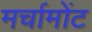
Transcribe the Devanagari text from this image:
मर्चामोंट